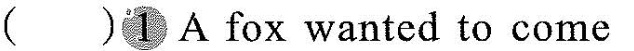
( )① A fox wanted to come